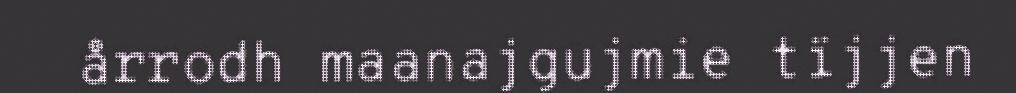
årrodh maanajgujmie tïjjen